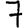
Digit: 7